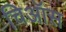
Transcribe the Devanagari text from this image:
चिऑस